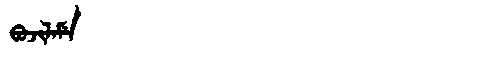
Manchu: ᠪᠣᠵᡳᠯᠠᠮᡝ
Romanization: BOJILAME